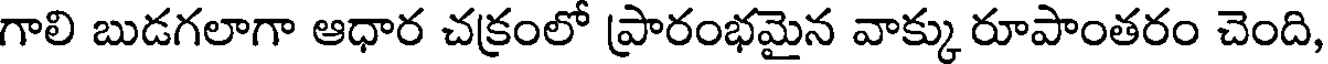
గాలి బుడగలాగా ఆధార చక్రంలో ప్రారంభమైన వాక్కు రూపాంతరం చెంది,